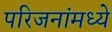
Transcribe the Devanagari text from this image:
परिजनांमध्ये